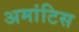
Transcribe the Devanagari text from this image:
अमांटिस